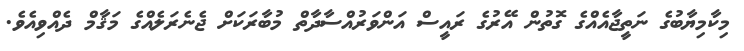
މިކާމިޔާބުގެ ނަތީޖާއެއްގެ ގޮތުން އޭރުގެ ރައީސް އަންވަރުއްސާދާތް މުބާރަކަށް ޖެނެރަލެއްގެ މަޤާމް ދެއްވިއެވެ.